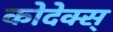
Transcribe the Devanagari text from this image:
कोदेक्स्